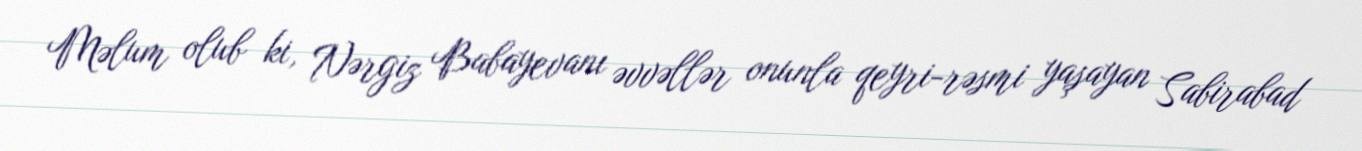
Məlum olub ki, Nərgiz Babayevanı əvvəllər onunla qeyri-rəsmi yaşayan Sabirabad